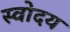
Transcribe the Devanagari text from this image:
स्वोदय